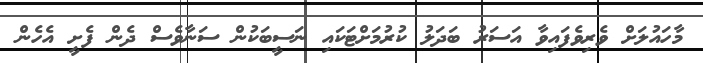
މާހައުލަށް ވެރިވެފައިވާ އަސަރު ބަދަލު ކުރުމަށްޓަކައި ނަސީބަކުން ސަނާވެސް ދެން ފެށީ އެހެން